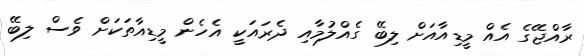
ރާއްޖޭގެ އެއް މީޑިއާއަށް ލިބޭ ގެއްލުމާއި ދެރައަކީ އެހެން މީޑިއާތަކަށް ވެސް ލިބޭ